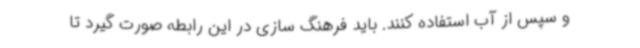
و سپس از آب استفاده کنند. باید فرهنگ سازی در این رابطه صورت گیرد تا